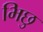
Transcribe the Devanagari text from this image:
भिछु